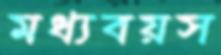
মধ্যবয়স